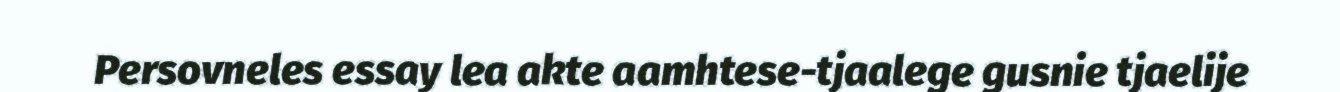
Persovneles essay lea akte aamhtese-tjaalege gusnie tjaelije